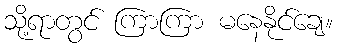
သို့ရာတွင် ကြာကြာ မနေနိုင်ချေ။